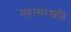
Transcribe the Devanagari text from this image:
महासरस्वति